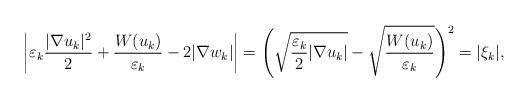
LaTeX: \begin{align*} \bigg|\varepsilon_k \frac{|\nabla u_k|^2}{2} + \frac{W(u_k)}{\varepsilon_k} - 2|\nabla w_k|\bigg| &= \Bigg( \sqrt{\frac{\varepsilon_k}{2} |\nabla u_k| } - \sqrt{\frac{W(u_k)}{\varepsilon_k}}\Bigg)^2 = |\xi_k|, \end{align*}